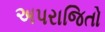
અપરાજિતો